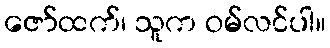
ဇော်ထက်၊ သူက ဝမ်လင်ပါ။